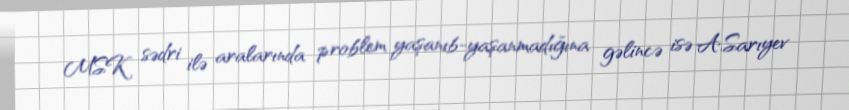
MSK sədri ilə aralarında problem yaşanıb-yaşanmadığına gəlincə isə A.Sarıyev